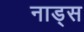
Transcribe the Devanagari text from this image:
नाड्स